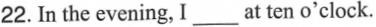
22.In the evening, I___at ten o'clock.